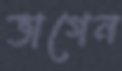
ভাগেন